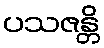
ပသဇန္တိ